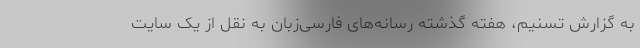
به گزارش تسنیم، هفته گذشته رسانه‌های فارسی‌زبان به نقل از یک سایت